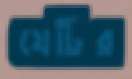
যেটির